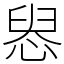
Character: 惥